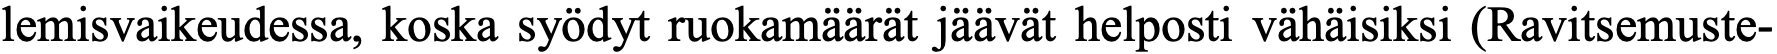
lemisvaikeudessa, koska syödyt ruokamäärät jäävät helposti vähäisiksi (Ravitsemuste-